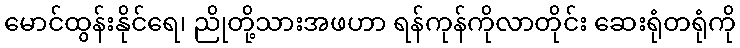
မောင်ထွန်းနိုင်ရေ၊ ညိုတို့သားအဖဟာ ရန်ကုန်ကိုလာတိုင်း ဆေးရုံတရုံကို